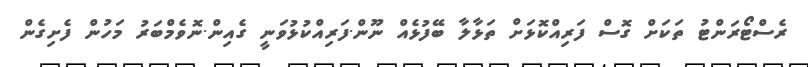
ރެސްޓޯރަންޓު ތަކަށް ގޮސް ފަރިއްކޮޅަށް ތަޅާލާ ބޭފުޅެއް ނޫން.ފަރިއްކުޅުވަނީ ގެއިން.ނޮވެމްބަރު މަހުން ފެށިގެން